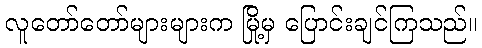
လူတော်တော်များများက မြို့မှ ပြောင်းချင်ကြသည်။